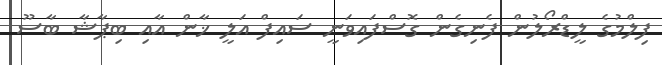
ފިލްމުގެ ލީޑްރޯލުން ފެނިގެން ގޮސްފައިވަނީ ސައިފް އަލީ ޚާން އާއި ބިޕާޝާ ބާސޫ